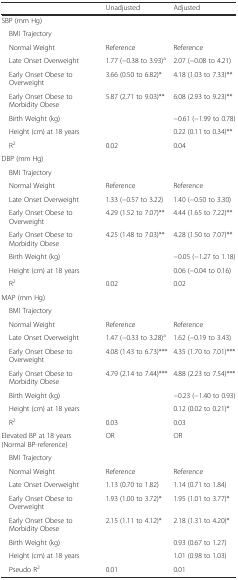
<table><thead><tr><td></td><td><b>Unadjusted</b></td><td><b>Adjusted</b></td></tr></thead><tbody><tr><td>SBP (mm Hg)</td><td></td><td></td></tr><tr><td> BMI Trajectory</td><td></td><td></td></tr><tr><td> Normal Weight</td><td>Reference</td><td>Reference</td></tr><tr><td> Late Onset Overweight</td><td>1.77 (−0.38 to 3.93)<sup>a</sup></td><td>2.07 (−0.08 to 4.21)</td></tr><tr><td> Early Onset Obese to Overweight</td><td>3.66 (0.50 to 6.82)*</td><td>4.18 (1.03 to 7.33)**</td></tr><tr><td> Early Onset Obese to Morbidity Obese</td><td>5.87 (2.71 to 9.03)**</td><td>6.08 (2.93 to 9.23)**</td></tr><tr><td> Birth Weight (kg)</td><td></td><td>−0.61 (−1.99 to 0.78)</td></tr><tr><td> Height (cm) at 18 years</td><td></td><td>0.22 (0.11 to 0.34)**</td></tr><tr><td> R<sup>2</sup></td><td>0.02</td><td>0.04</td></tr><tr><td>DBP (mm Hg)</td><td></td><td></td></tr><tr><td> BMI Trajectory</td><td></td><td></td></tr><tr><td> Normal Weight</td><td>Reference</td><td>Reference</td></tr><tr><td> Late Onset Overweight</td><td>1.33 (−0.57 to 3.22)</td><td>1.40 (−0.50 to 3.30)</td></tr><tr><td> Early Onset Obese to Overweight</td><td>4.29 (1.52 to 7.07)**</td><td>4.44 (1.65 to 7.22)**</td></tr><tr><td> Early Onset Obese to Morbidity Obese</td><td>4.25 (1.48 to 7.03)**</td><td>4.28 (1.50 to 7.07)**</td></tr><tr><td> Birth Weight (kg)</td><td></td><td>−0.05 (−1.27 to 1.18)</td></tr><tr><td> Height (cm) at 18 years</td><td></td><td>0.06 (−0.04 to 0.16)</td></tr><tr><td> R<sup>2</sup></td><td>0.02</td><td>0.02</td></tr><tr><td>MAP (mm Hg)</td><td></td><td></td></tr><tr><td> BMI Trajectory</td><td></td><td></td></tr><tr><td> Normal Weight</td><td>Reference</td><td>Reference</td></tr><tr><td> Late Onset Overweight</td><td>1.47 (−0.33 to 3.28)<sup>a</sup></td><td>1.62 (−0.19 to 3.43)</td></tr><tr><td> Early Onset Obese to Overweight</td><td>4.08 (1.43 to 6.73)***</td><td>4.35 (1.70 to 7.01)***</td></tr><tr><td> Early Onset Obese to Morbidity Obese</td><td>4.79 (2.14 to 7.44)***</td><td>4.88 (2.23 to 7.54)***</td></tr><tr><td> Birth Weight (kg)</td><td></td><td>−0.23 (−1.40 to 0.93)</td></tr><tr><td> Height (cm) at 18 years</td><td></td><td>0.12 (0.02 to 0.21)*</td></tr><tr><td> R<sup>2</sup></td><td>0.03</td><td>0.03</td></tr><tr><td>Elevated BP at 18 years (Normal BP-reference)</td><td>OR</td><td>OR</td></tr><tr><td> BMI Trajectory</td><td></td><td></td></tr><tr><td> Normal Weight</td><td>Reference</td><td>Reference</td></tr><tr><td> Late Onset Overweight</td><td>1.13 (0.70 to 1.82)</td><td>1.14 (0.71 to 1.84)</td></tr><tr><td> Early Onset Obese to Overweight</td><td>1.93 (1.00 to 3.72)*</td><td>1.95 (1.01 to 3.77)*</td></tr><tr><td> Early Onset Obese to Morbidity Obese</td><td>2.15 (1.11 to 4.12)*</td><td>2.18 (1.31 to 4.20)*</td></tr><tr><td> Birth Weight (kg)</td><td></td><td>0.93 (0.67 to 1.27)</td></tr><tr><td> Height (cm) at 18 years</td><td></td><td>1.01 (0.98 to 1.03)</td></tr><tr><td> Pseudo R<sup>2</sup></td><td>0.01</td><td>0.01</td></tr></tbody></table>